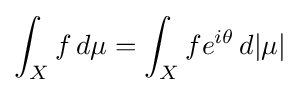
\int _{X}f\,d\mu =\int _{X}fe^{i\theta }\,d|\mu |